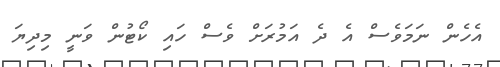
އެހެން ނަމަވެސް އެ ދެ އަމުރަށް ވެސް ހައި ކޯޓުން ވަނީ މިދިޔަ